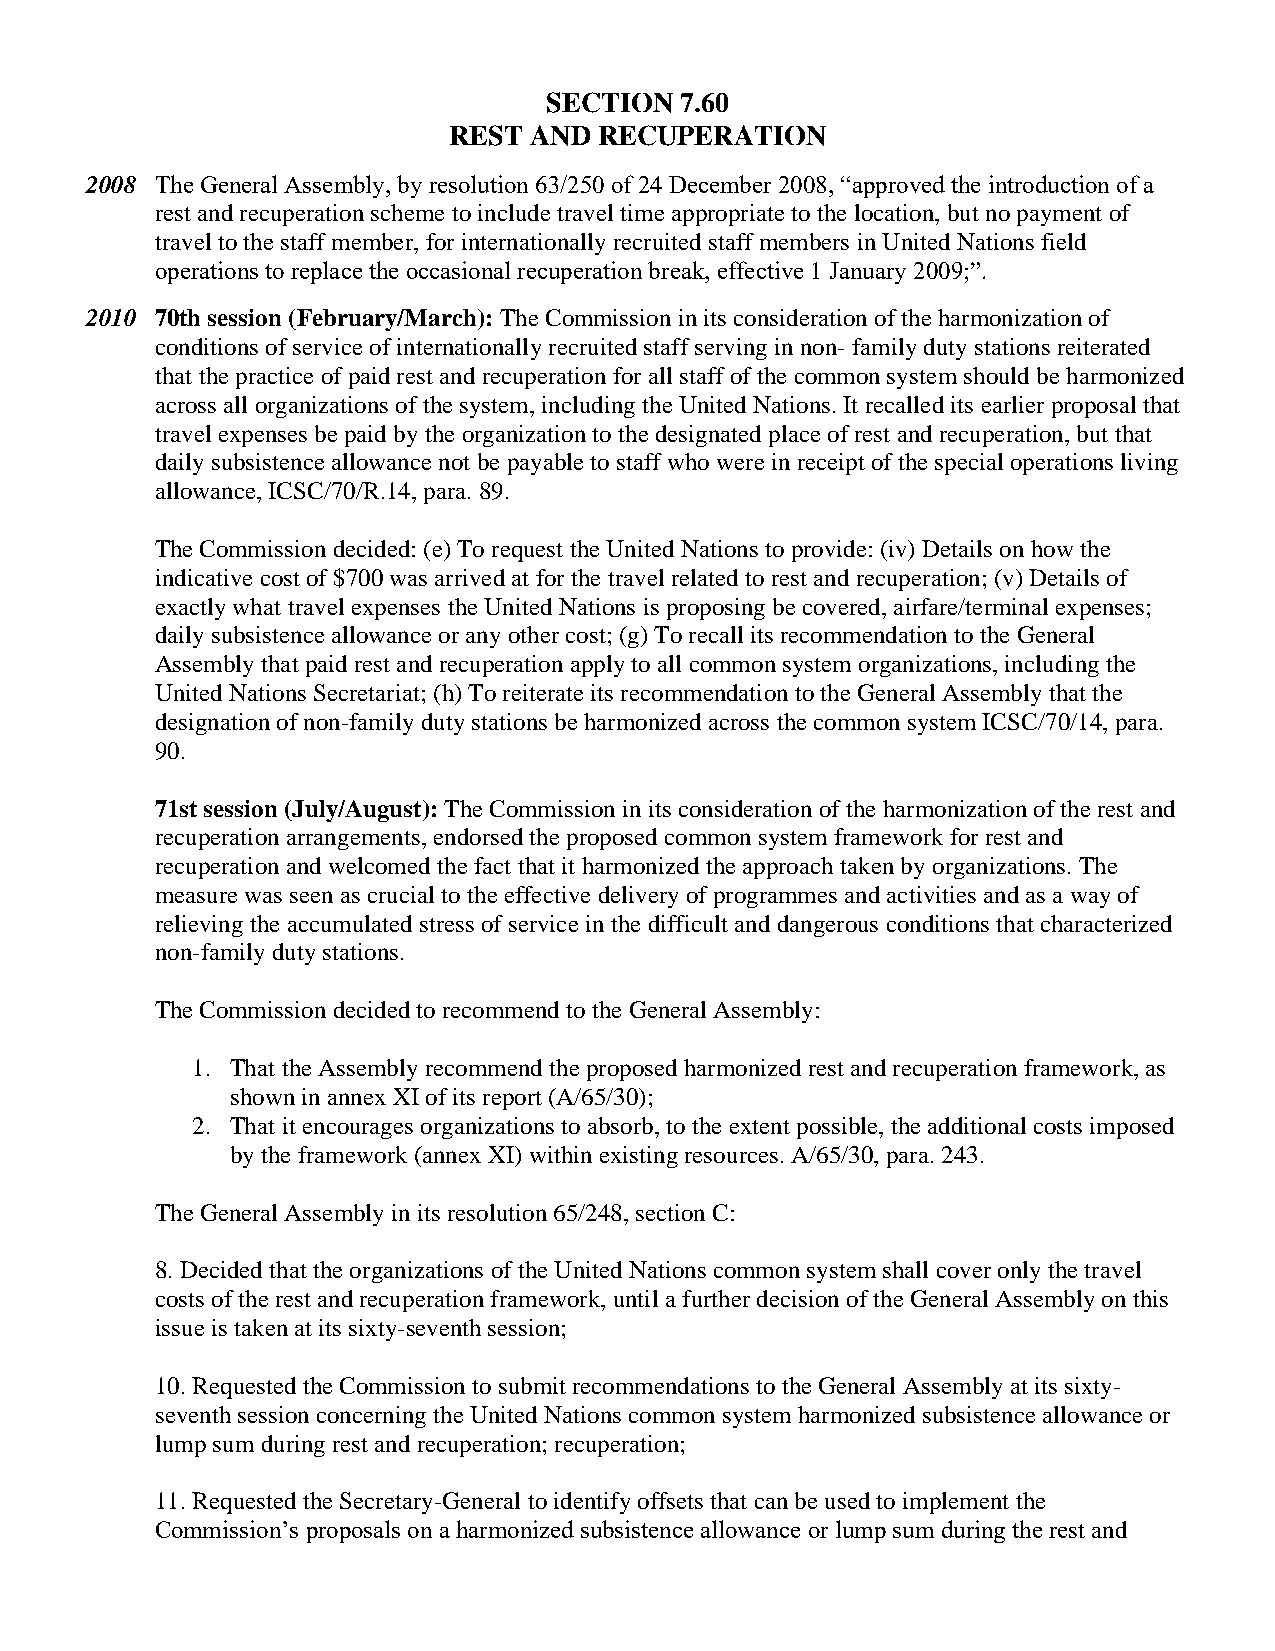
SECTION  7.60
 REST AND  RECUPERATION
 2008 The General Assembly, by resolution 63/250 of 24 December 2008, “approved the introduction of a
 rest and recuperation scheme to include travel time appropriate to the location, but no payment of
 travel to the staff member, for internationally recruited staff members in United Nations field
 operations to replace the occasional recuperation break, effective 1 January 2009;”.
 2010 70th session (February/March): The Commission in its consideration of the harmonization of
 conditions of service of internationally recruited staff serving in non- family duty stations reiterated
 that the practice of paid rest and recuperation for all staff of the common system should be harmonized
 across all organizations of the system, including the United Nations. It recalled its earlier proposal that
 travel expenses be paid by the organization to the designated place of rest and recuperation, but that
 daily subsistence allowance not be payable to staff who were in receipt of the special operations living
 allowance, ICSC/70/R.14, para. 89.
 The Commission decided: (e) To request the United Nations to provide: (iv) Details on how the
 indicative cost of $700 was arrived at for the travel related to rest and recuperation; (v) Details of
 exactly what travel expenses the United Nations is proposing be covered, airfare/terminal expenses;
 daily subsistence allowance or any other cost; (g) To recall its recommendation to the General
 Assembly that paid rest and recuperation apply to all common system organizations, including the
 United Nations Secretariat; (h) To reiterate its recommendation to the General Assembly that the
 designation of non-family duty stations be harmonized across the common system ICSC/70/14, para.
 90.
 71st session (July/August): The Commission in its consideration of the harmonization of the rest and
 recuperation arrangements, endorsed the proposed common system framework for rest and
 recuperation and welcomed the fact that it harmonized the approach taken by organizations. The
 measure was seen as crucial to the effective delivery of programmes and activities and as a way of
 relieving the accumulated stress of service in the difficult and dangerous conditions that characterized
 non-family duty stations.
 The Commission decided to recommend to the General Assembly:
 1. That the Assembly recommend the proposed harmonized rest and recuperation framework, as
 shown in annex XI of its report (A/65/30);
 2. That it encourages organizations to absorb, to the extent possible, the additional costs imposed
 by the framework (annex XI) within existing resources. A/65/30, para. 243.
 The General Assembly in its resolution 65/248, section C:
 8. Decided that the organizations of the United Nations common system shall cover only the travel
 costs of the rest and recuperation framework, until a further decision of the General Assembly on this
 issue is taken at its sixty-seventh session;
 10. Requested the Commission to submit recommendations to the General Assembly at its sixty-
 seventh session concerning the United Nations common system harmonized subsistence allowance or
 lump sum during rest and recuperation; recuperation;
 11. Requested the Secretary-General to identify offsets that can be used to implement the
 Commission’s proposals on a harmonized subsistence allowance or lump sum during the rest and